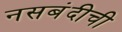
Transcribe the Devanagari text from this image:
नसबंदीची